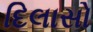
દિલાસો